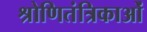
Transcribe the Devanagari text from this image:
श्रोणितंत्रिकाओं